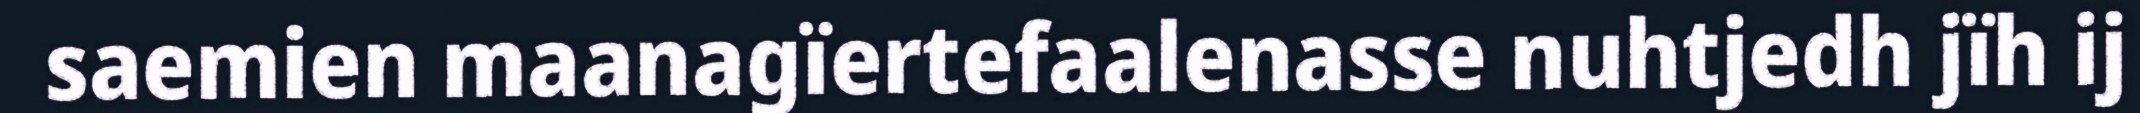
saemien maanagïertefaalenasse nuhtjedh jïh ij